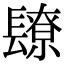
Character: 镽